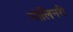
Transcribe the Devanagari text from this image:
मोलिनरी